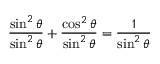
{ \frac { \sin ^ { 2 } \theta } { \sin ^ { 2 } \theta } } + { \frac { \cos ^ { 2 } \theta } { \sin ^ { 2 } \theta } } = { \frac { 1 } { \sin ^ { 2 } \theta } }